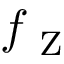
f _ { \mathrm { ~ Z ~ } }